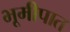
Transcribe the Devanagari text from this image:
भूमीपात